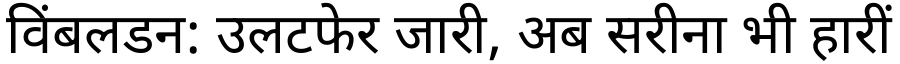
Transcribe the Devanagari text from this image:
विंबलडन: उलटफेर जारी, अब सरीना भी हारीं